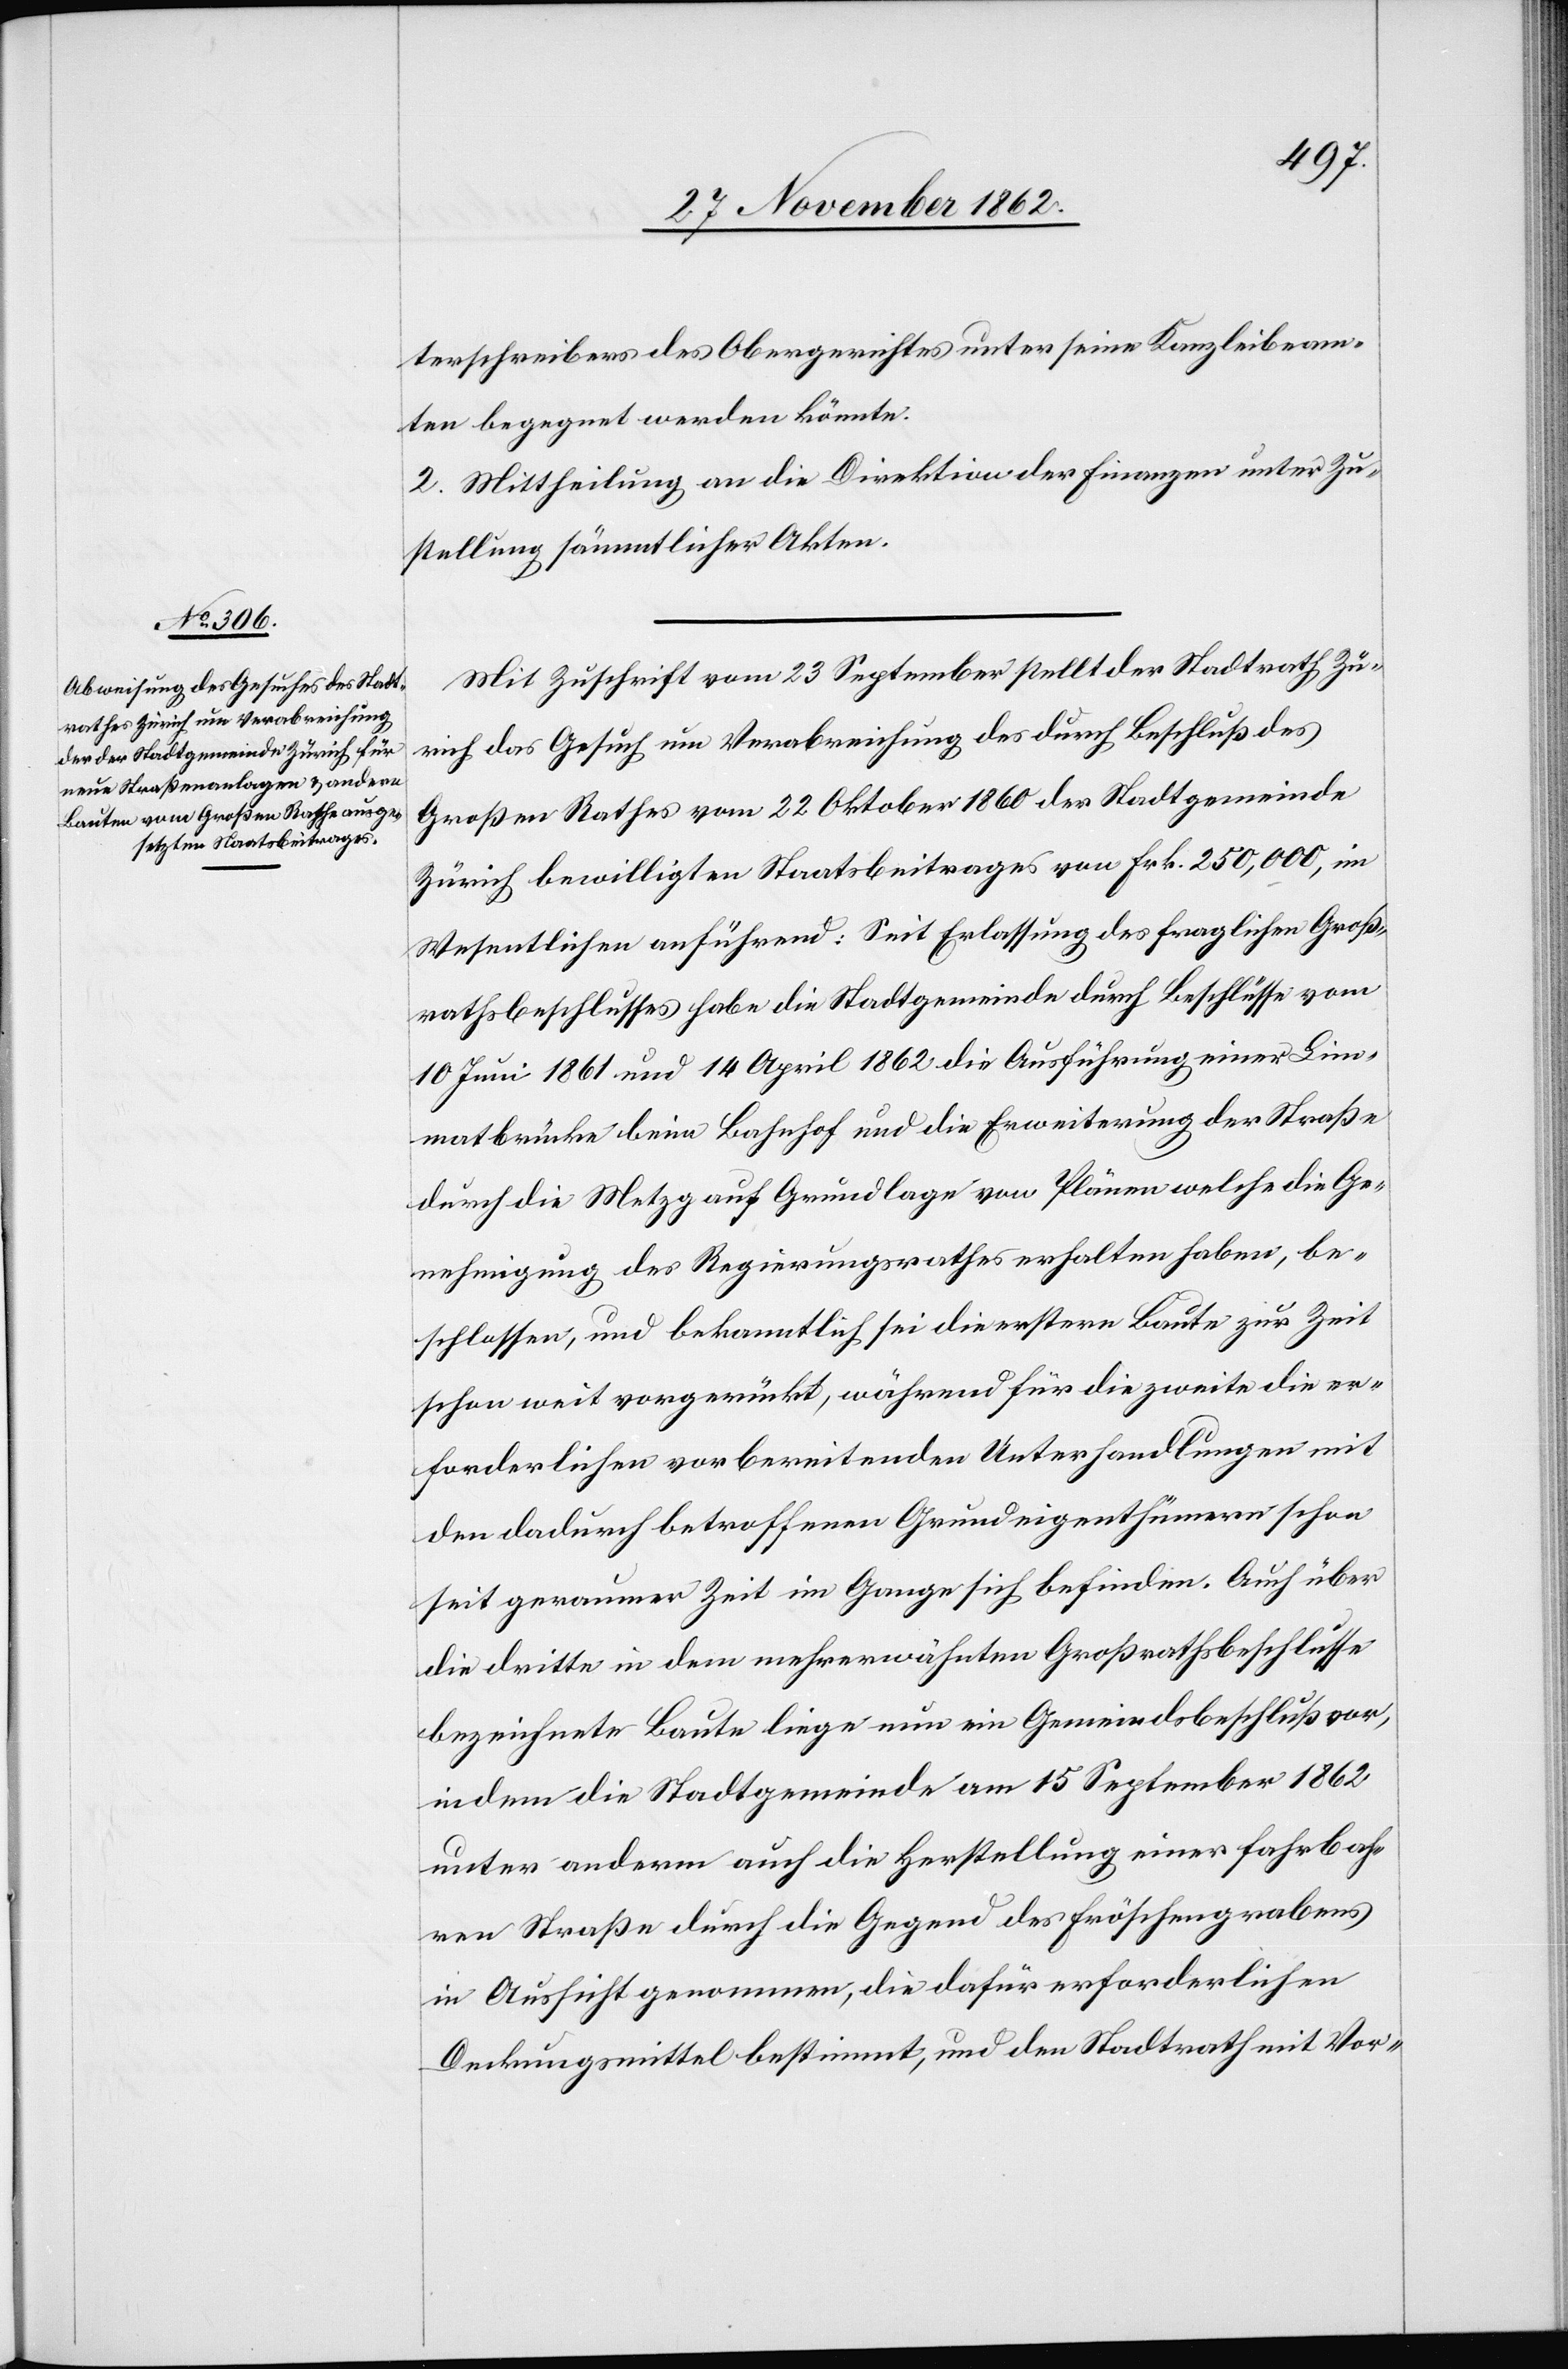
terschreibers des Obergerichtes unter seine Kanzleibeam¬
ten begegnet werden könnte.
2. Mittheilung an die Direktion der Finanzen unter Zu¬
stellung sämmtlicher Akten.
Mit Zuschrift vom 23. September stellt der Stadtrath Zü¬
rich das Gesuch um Verabreichung des durch Beschluß des
Großen Rathes vom 22. Oktober 1860 der Stadtgemeinde
Zürich bewilligten Staatsbeitrages von Frk. 250,000, im
Wesentlichen anführend: Seit Erlassung des fraglichen Groß¬
rathsbeschlusses habe die Stadtgemeinde durch Beschlüsse vom
10. Juni 1861 und 14. April 1862 die Ausführung einer Lim¬
matbrücke beim Bahnhof und die Erweiterung der Straße
durch die Metzg auf Grundlage von Plänen welche die Ge¬
nehmigung des Regierungsrathes erhalten haben, be¬
schlossen, und bekanntlich sei die erstere Baute zur Zeit
schon weit vorgerückt, während für die zweite die er¬
forderlichen vorbereitenden Unterhandlungen mit
den dadurch betroffenen Grundeigenthümern schon
seit geraumer Zeit im Ganzen sich befinden. Auch über
die dritte in dem mehrerwähnten Großrathsbeschluß
bezeichnete Baute liege nun ein Gemeindsbeschluß vor,
in dem die Stadtgemeinde am 15. September 1862
unter anderm auch die Herstellung einer Fahrbah¬
ren Straße durch die Gegend des Fröschengrabens
in Aussicht genommen, die dafür erforderlichen
Deckungsmittel bestimmt, und den Stadtrath mit Vor-